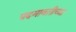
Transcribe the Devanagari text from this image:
पदमावतीच्या